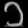
Digit: ၁